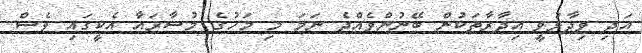
އަދި ވިދާޅުވީ އިދާރާތަކުން ބޭނުންވެއްޖެ ނަމަ މި މަހުގެ މުސާރައާ އެކީގައި ވެސް